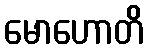
မောဟောတိ